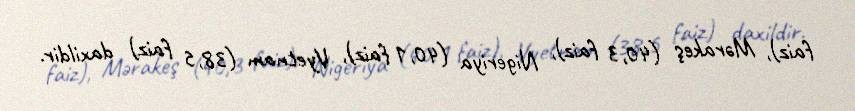
faiz), Mərakeş (40,3 faiz), Nigeriya (40,1 faiz), Vyetnam (38,5 faiz) daxildir.